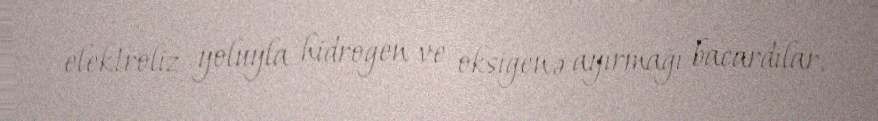
elektroliz yoluyla hidrogen ve oksigenə ayırmağı bacardılar.